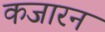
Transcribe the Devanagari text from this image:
कजारन